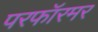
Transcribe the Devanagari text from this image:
परफॉरमर